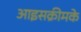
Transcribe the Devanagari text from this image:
आइसक्रीमके